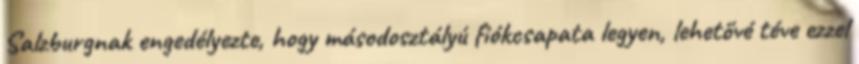
Salzburgnak engedélyezte, hogy másodosztályú fiókcsapata legyen, lehetővé téve ezzel